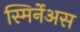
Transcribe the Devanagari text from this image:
स्मिर्नेअस